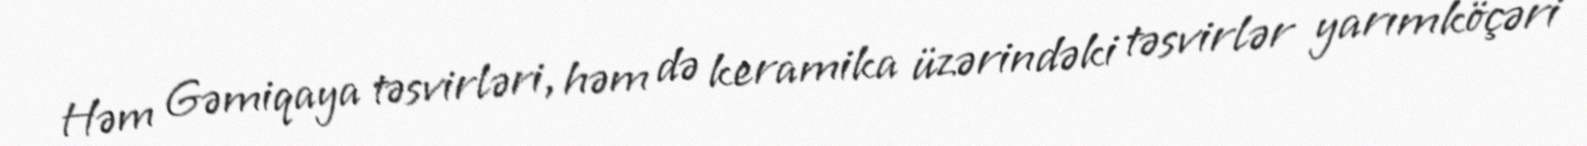
Həm Gəmiqaya təsvirləri, həm də keramika üzərindəki təsvirlər yarımköçəri